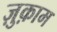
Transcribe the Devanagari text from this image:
ज़ुक़ाम